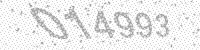
Solution: 014993